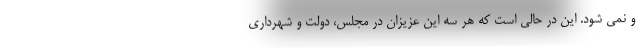
و نمی شود. این در حالی است که هر سه این عزیزان در مجلس، دولت و شهرداری